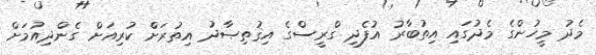
މެދު މީހުންގެ މެދުގައި އިތުބާރު އުފެދި ގްރީސްގެ އިޤުތިޞާދު އިތުރަށް ކުރިއަށް ގެންދިއުމަށް